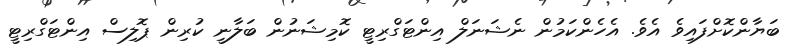
ބަޔާންކޮށްފައިވެ އެވެ. އެހެންކަމުން ނެޝަނަލް އިންޓަގްރިޓީ ކޮމިޝަނުން ބަލާނީ ކުރިން ޕޮލިސް އިންޓަގްރިޓީ